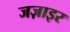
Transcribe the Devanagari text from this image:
जज़ाइर